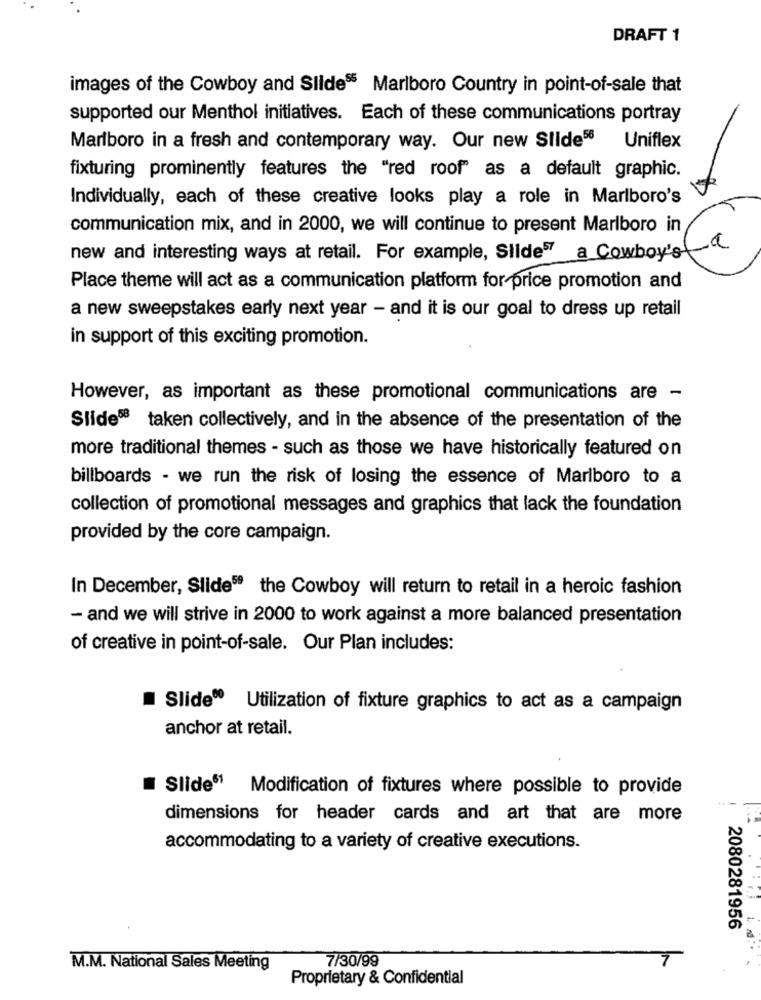
DRAFT 1
images of the Cowboy and Slides Marlboro Country in point-of-sale that
supported our Menthol initiatives. Each of these communications portray
Marlboro in a fresh and contemporary way. Our new Slide58
Uniflex
fixturing prominently features the "red roof" as a default graphic.
Individually, each of these creative looks play a role in Marlboro's
communication mix, and in 2000, we will continue to present Marlboro in
new and interesting ways at retail. For example, Slides a Cowboy'of
orata
Place theme will act as a communication platform for price promotion and
a new sweepstakes early next year - and it is our goal to dress up retail
in support of this exciting promotion.
However, as important as these promotional communications are -
Slide58 taken collectively, and in the absence of the presentation of the
more traditional themes - such as those we have historically featured on
billboards - we run the risk of losing the essence of Marlboro to a
collection of promotional messages and graphics that lack the foundation
provided by the core campaign.
In December, Slide59 the Cowboy will return to retail in a heroic fashion
- and we will strive in 2000 to work against a more balanced presentation
of creative in point-of-sale. Our Plan includes:
Slide® Utilization of fixture graphics to act as a campaign
anchor at retail.
Slide1 Modification of fixtures where possible to provide
dimensions for header cards and art that are more
accommodating to a variety of creative executions.
2080281956
7/30/99
7
M.M. National Sales Meeting
Proprietary & Confidential